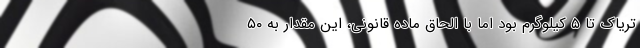
تریاک تا ۵ کیلوگرم بود اما با الحاق ماده قانونی، این مقدار به ۵۰